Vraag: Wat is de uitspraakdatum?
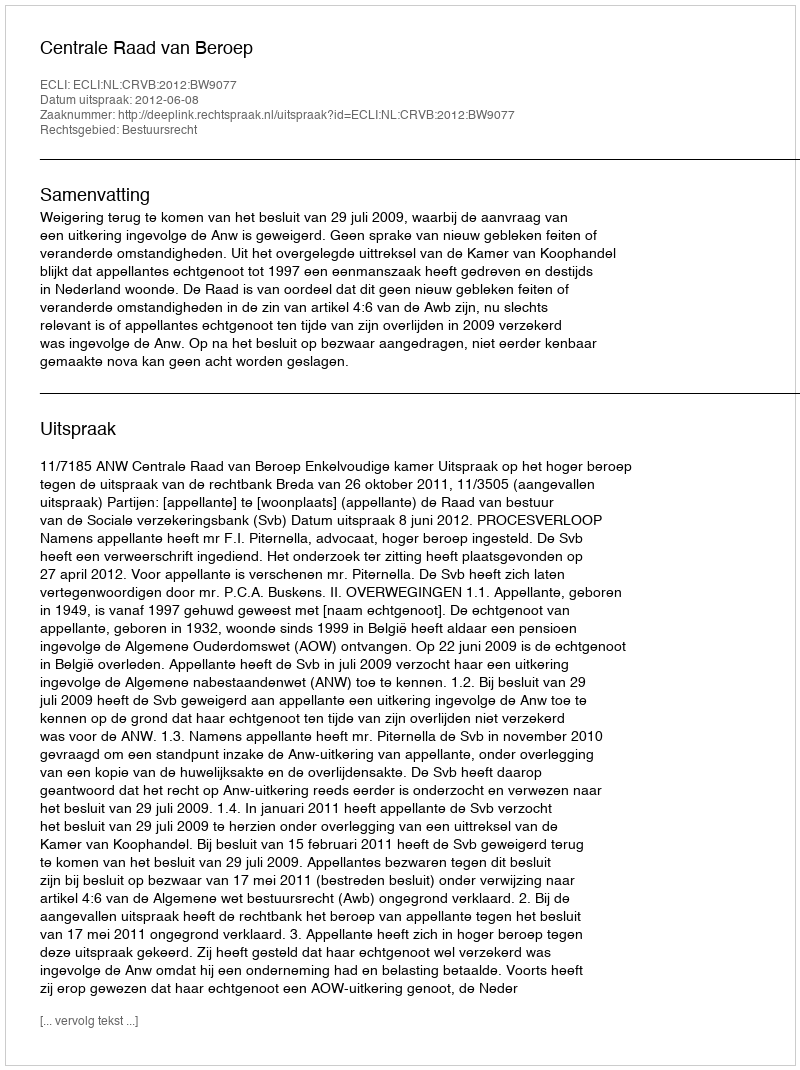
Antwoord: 2012-06-08